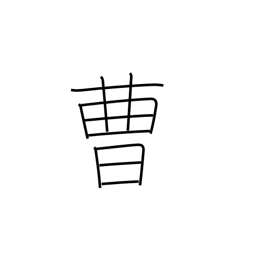
Meaning: office